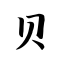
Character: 贝